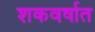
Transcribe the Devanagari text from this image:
शकवर्षात